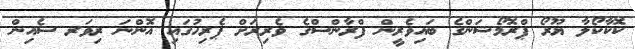
ކޮކާކޯލާ ޔޫރޯ ޕްރޮމޯޝަންގެ ބައިވެރީން ފްރާންސްގެ ވެރިރަށް ޕެރިހުގައި އޮންނަ ރިވަރ ސެއިން